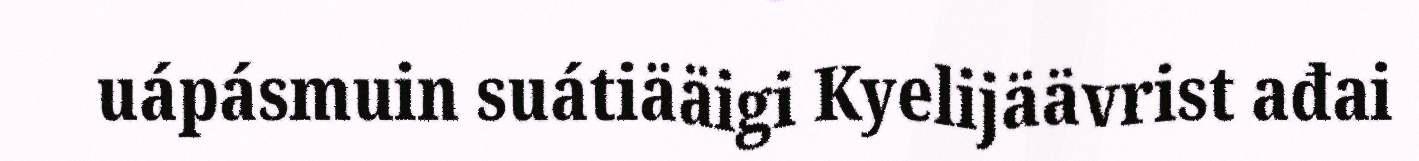
uápásmuin suátiääigi Kyelijäävrist ađai